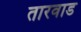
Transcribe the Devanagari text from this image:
तारवाड